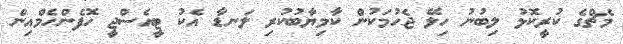
މެޗްގެ ކުރީކޮޅު ލިބުނު ހިލޭ ޖެހުމަކުން ކާމިޔާބުކުރި ލަނޑާ އެކު ޓީއެސްޖީ ހޮފެންހެމްއިން